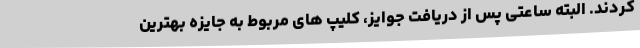
کردند. البته ساعتی پس از دریافت جوایز، کلیپ های مربوط به جایزه بهترین